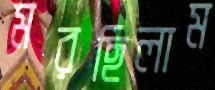
মরছিলাম